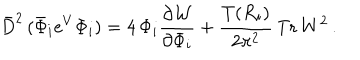
LaTeX: \bar { D } ^ { 2 } \, ( \bar { \Phi } _ { i } e ^ { V } { \Phi } _ { i } ) = 4 \, { \Phi } _ { i } \frac { \partial { \cal W } } { \partial { \Phi } _ { i } } + \frac { T ( R _ { i } ) } { 2 \pi ^ { 2 } } \, \mathrm { T r } \, W ^ { 2 } \, .